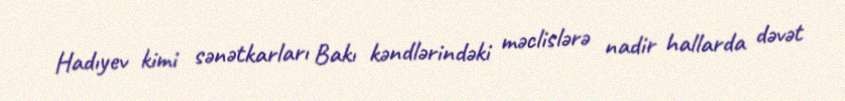
Hadıyev kimi sənətkarları Bakı kəndlərindəki məclislərə nadir hallarda dəvət